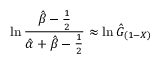
\ln { \frac { { \hat { \beta } } - { \frac { 1 } { 2 } } } { { \hat { \alpha } } + { \hat { \beta } } - { \frac { 1 } { 2 } } } } \approx \ln { \hat { G } } _ { ( 1 - X ) }